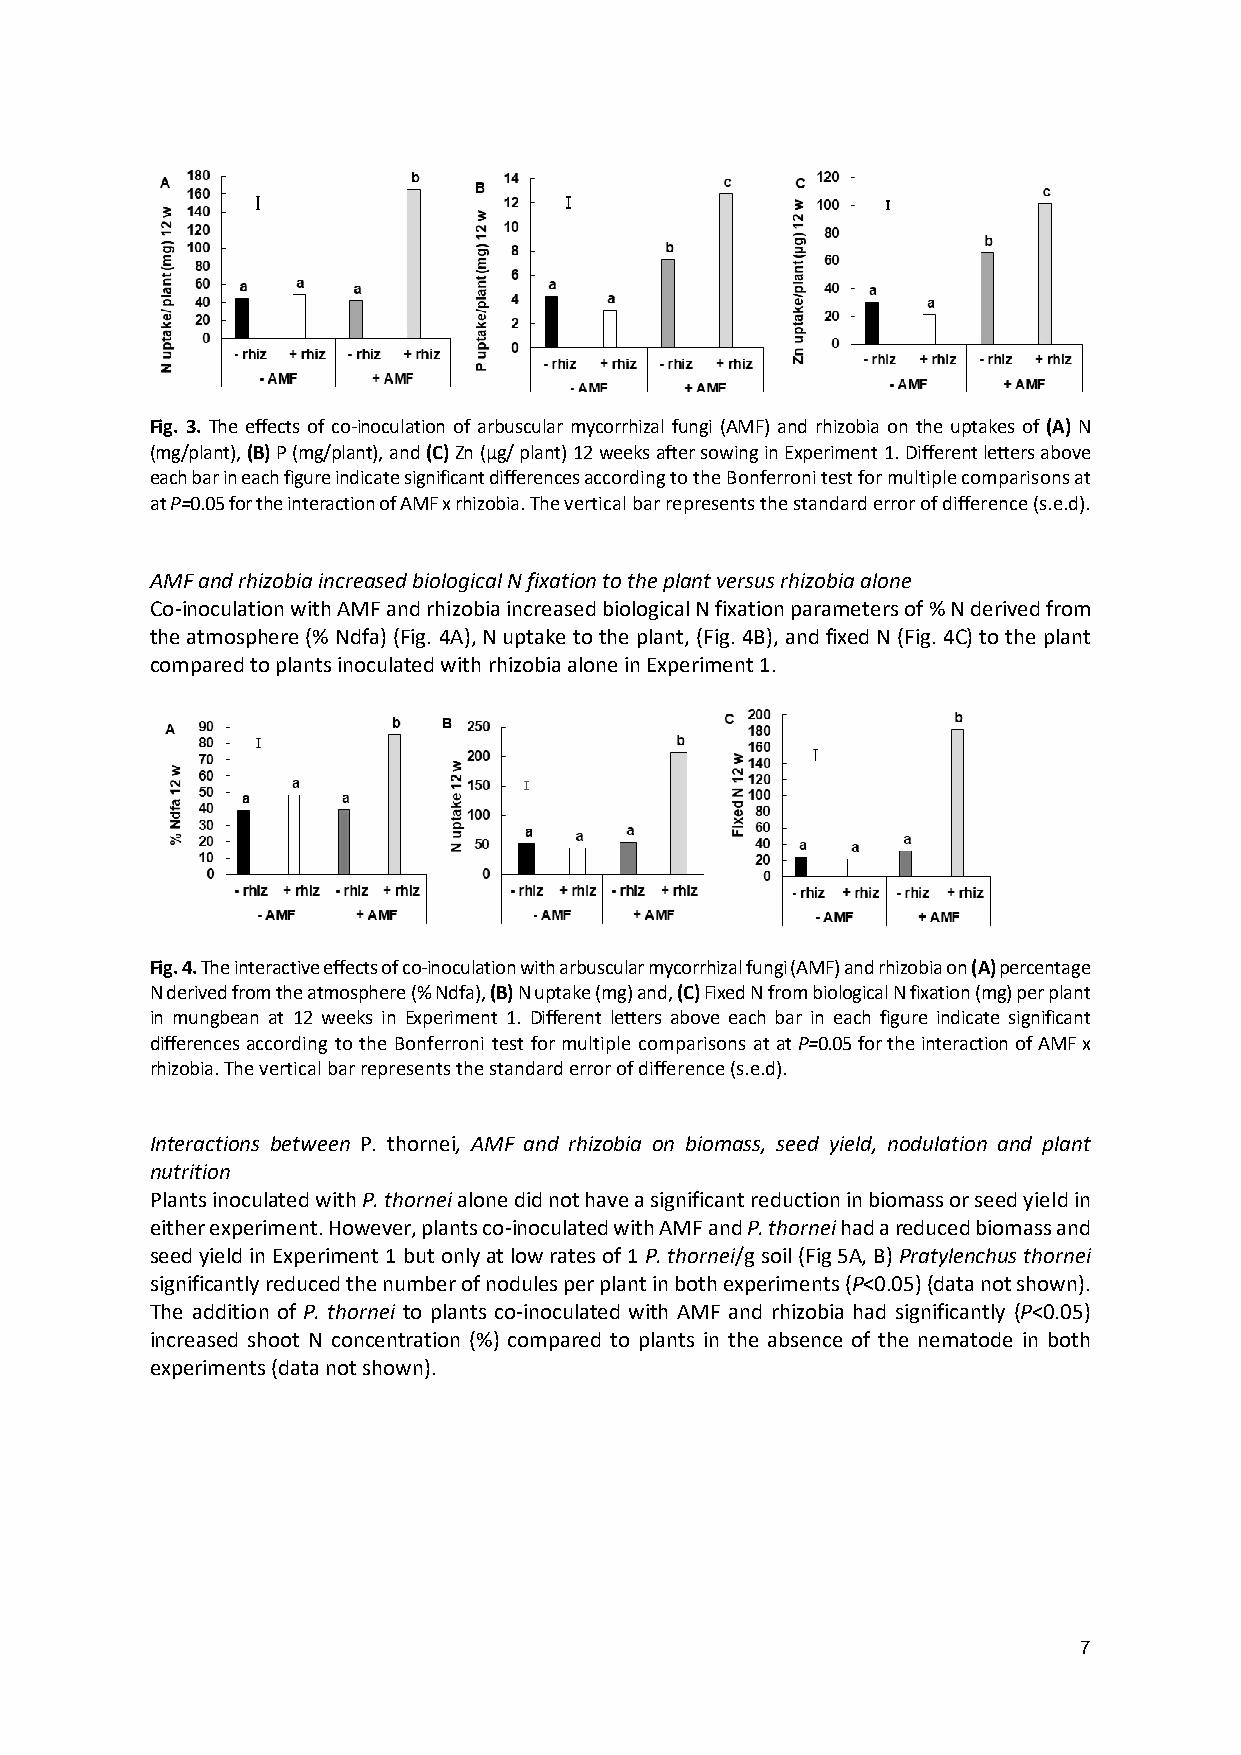
Fig. 3. The effects of co-inoculation of arbuscular mycorrhizal fungi (AMF) and rhizobia on the uptakes of (A) N
 (mg/plant), (B) P (mg/plant), and (C) Zn (µg/ plant) 12 weeks after sowing in Experiment 1. Different letters above
 each bar in each figure indicate significant differences according to the Bonferroni test for multiple comparisons at
 at P=0.05 for the interaction of AMF x rhizobia. The vertical bar represents the standard error of difference (s.e.d).
 AMF and rhizobia increased biological N fixation to the plant versus rhizobia alone
 Co-inoculation with AMF and rhizobia increased biological N fixation parameters of % N derived from
 the atmosphere (% Ndfa) (Fig. 4A), N uptake to the plant, (Fig. 4B), and fixed N (Fig. 4C) to the plant
 compared to plants inoculated with rhizobia alone in Experiment 1.
 Fig. 4. The interactive effects of co-inoculation with arbuscular mycorrhizal fungi (AMF) and rhizobia on (A) percentage
 N derived from the atmosphere (% Ndfa), (B) N uptake (mg) and, (C) Fixed N from biological N fixation (mg) per plant
 in mungbean at 12 weeks in Experiment 1. Different letters above each bar in each figure indicate significant
 differences according to the Bonferroni test for multiple comparisons at at P=0.05 for the interaction of AMF x
 rhizobia. The vertical bar represents the standard error of difference (s.e.d).
 Interactions between P. thornei, AMF and rhizobia on biomass, seed yield, nodulation and plant
 nutrition
 Plants inoculated with P. thornei alone did not have a significant reduction in biomass or seed yield in
 either experiment. However, plants co-inoculated with AMF and P. thornei had a reduced biomass and
 seed yield in Experiment 1 but only at low rates of 1 P. thornei/g soil (Fig 5A, B) Pratylenchus thornei
 significantly reduced the number of nodules per plant in both experiments (P<0.05) (data not shown).
 The addition of P. thornei to plants co-inoculated with AMF and rhizobia had significantly (P<0.05)
 increased shoot N concentration (%) compared to plants in the absence of the nematode in both
 experiments (data not shown).
 7